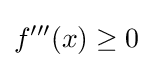
f'''(x)\geq 0